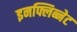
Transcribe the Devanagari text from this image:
इनफ्लिब्नेट